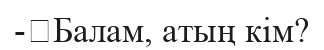
-	Балам, атың кім?